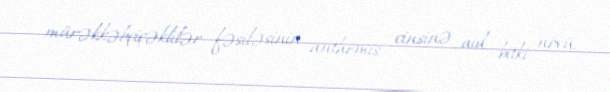
mürəkkəbçiçəklilər fəsiləsinin anthemis cinsinə aid bitki növü.